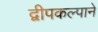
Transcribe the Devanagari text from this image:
द्वीपकल्पाने